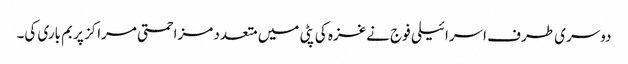
دوسری طرف اسرائیلی فوج نےغزہ کی پٹی میں متعدد مزاحمتی مراکز پر بم باری کی۔